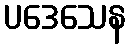
ပဒေသေန